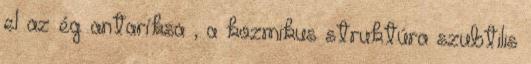
el az ég antaríksa , a kozmikus struktúra szubtilis